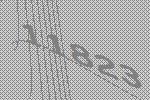
11823